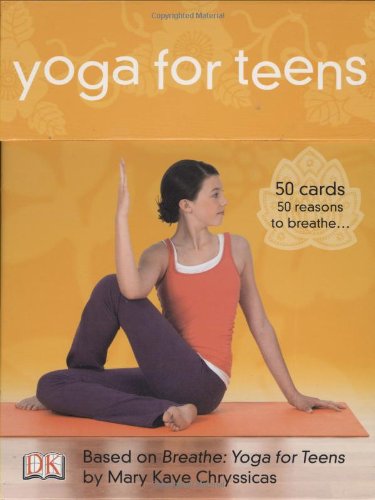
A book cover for Yoga For Teens Card Deck; Mary Kaye Chryssicas; Health, Fitness & Dieting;